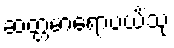
ဆတ္တမာရောပယိံသု